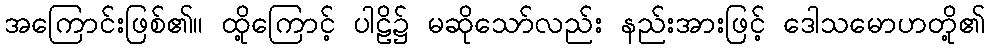
အကြောင်းဖြစ်၏။ ထို့ကြောင့် ပါဠိ၌ မဆိုသော်လည်း နည်းအားဖြင့် ဒေါသမောဟတို့၏